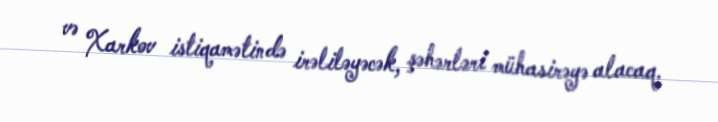
və Xarkov istiqamətində irəliləyəcək, şəhərləri mühasirəyə alacaq.